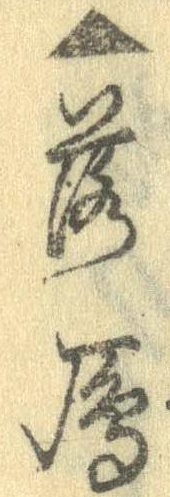
▲落雁